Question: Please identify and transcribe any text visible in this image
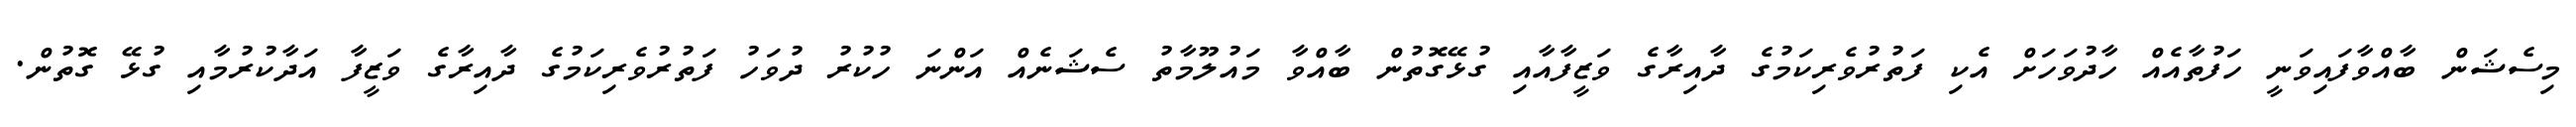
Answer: މިސެޝަން ބާއްވާފައިވަނީ ހަފުތާއެއް ހާދުވަހަށް އެކި ފަތުރުވެރިކަމުގެ ދާއިރާގެ ވަޒީފާއާއި ގުޅޭގޮތުން ބާއްވާ މައުލޫމާތު ސެޝަނެއް އަންނަ ހުކުރު ދުވަހު ފަތުރުވެރިކަމުގެ ދާއިރާގެ ވަޒީފާ އަދާކުރުމާއި ގުޅޭ ގޮތުން.